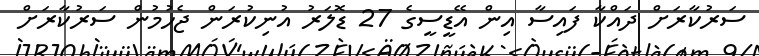
ސަރުކާރަށް ދައްކާ ފައިސާ އިން އޭޑީސީގެ 27 ޑޮލަރު އުނިކުރަން ޖެހުމުން ސަރުކާރަށް